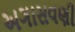
અગાસવણી